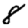
Digit: 8